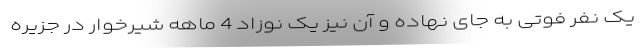
یک نفر فوتی به جای نهاده و آن نیز یک نوزاد 4 ماهه شیرخوار در جزیره